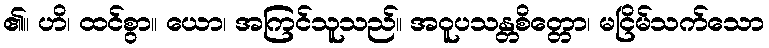
၏။ ဟိ၊ ထင်စွာ။ ယော၊ အကြင်သူသည်။ အဝူပသန္တစိတ္တော၊ မငြိမ်သက်သော